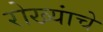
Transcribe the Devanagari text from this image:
रोख्यांचे